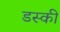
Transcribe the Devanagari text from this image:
डस्की